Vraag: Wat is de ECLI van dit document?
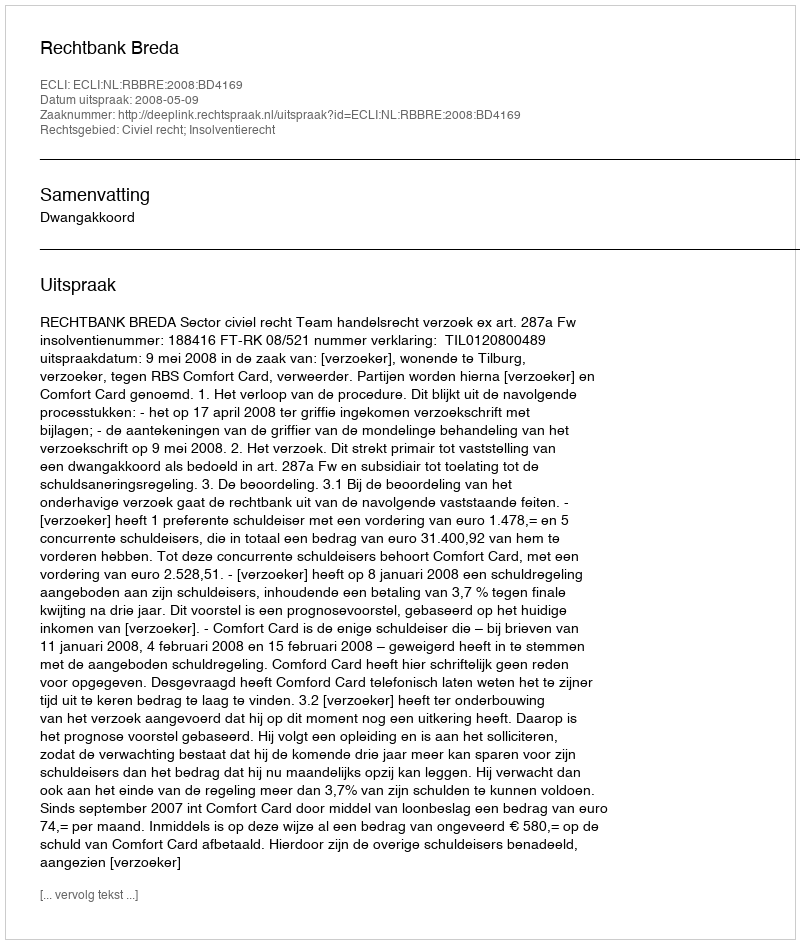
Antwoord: ECLI:NL:RBBRE:2008:BD4169